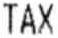
TAX